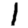
Digit: 1